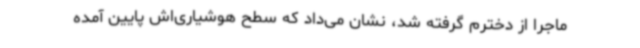
ماجرا از دخترم گرفته شد، نشان می‌داد که سطح هوشیاری‌اش پایین آمده